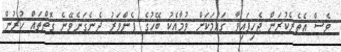
ވެސް އެތެރެކުރަން ޖެހިފައިވާ ގައުމަކަށް ވުމާއެކު ބޭހުގެ ފެންވަރު ދެނެގަނެވޭނެ ގޮތްތައް ހުރުން